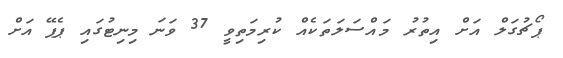
ޕޯޗުގަލް އަށް އިތުރު މައްސަލަތަކެއް ކުރިމަތިވީ 37 ވަނަ މިނިޓުގައި ޕެޕޭ އަށް